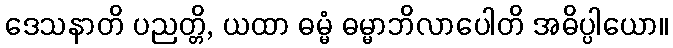
ဒေသနာတိ ပညတ္တိ, ယထာ ဓမ္မံ ဓမ္မာဘိလာပေါတိ အဓိပ္ပါယော။